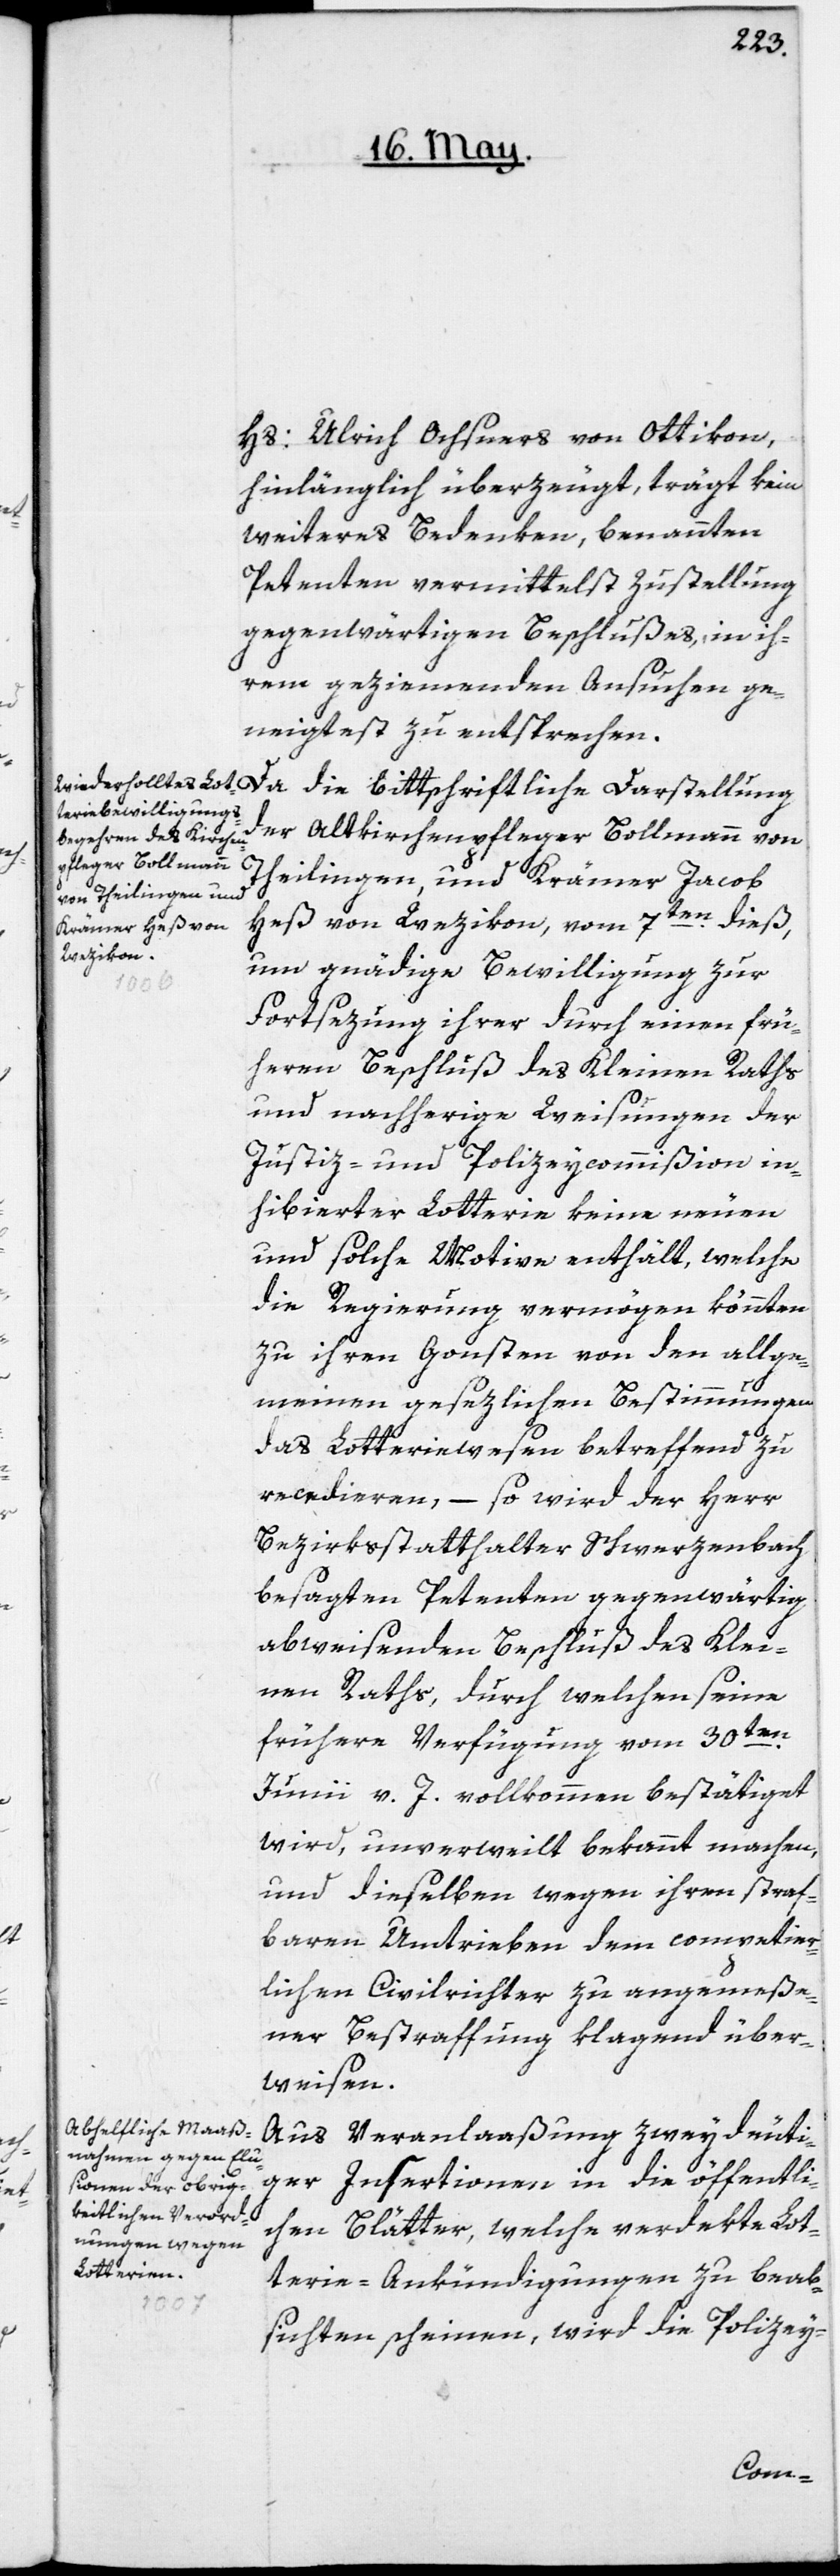
Hs: Ulrich Ochsners von Ottikon,
hinlänglich überzeugt, trägt kein
weiteres Bedenken, benannten
Petenten vermittelst Zustellung
gegenwärtigen Beschlußes, in ih¬
rem geziemenden Ansuchen ge¬
neigtest zu entsprechen.
der Altkirchenpfleger Bollmann von
Theilingen, und Krämer Jacob
Heß von Wezikon, vom 7ten dieß,
um gnädige Bewilligung zur
Fortsezung ihrer durch einen frü¬
heren Beschluß des Kleinen Raths
und nachherige Weisungen der
Justiz- und Polizeycommißion in¬
hibierter Lotterie keine neuen
und solche Motive enthält, welche
die Regierung vermögen könnten,
zu ihren Gunsten von den allge¬
meinen gesezlichen Bestimmungen
das Lottierwesen betreffend zu
recedieren, – so wird der Herr
Bezirksstatthalter Schwerzenbach
besagten Petenten gegenwärtig
abweisenden Beschluß des Klei¬
nen Raths, durch welchen seine
frühere Verfügung vom 30ten
Junii v. J. vollkommen bestätiget
wird, unverweilt bekannt machen,
und dieselben wegen ihren straf¬
baren Umtrieben dem competier¬
lichen Civilrichter zu angemeße¬
ner Bestraffung klagend über¬
weisen.
Aus Veranlaßung zweydeuti¬
ger Insertionen in die öffentli¬
chen Blätter, welche verdekte Lot¬
terie-Ankündigungen zu beab¬
sichten scheinen, wird die Polizey-